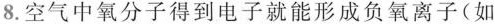
8.空气中氧分子得到电子就能形成负氧离子(如